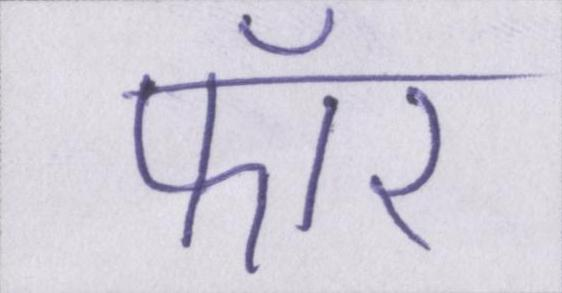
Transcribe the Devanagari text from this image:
फॉर